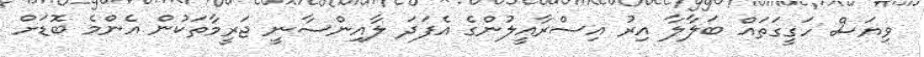
ވިޔަސް ހަގީގަތައް ބަލާލާ އިރު އިސްރާއީލުންގެ އެފަދަ ލާއިންސާނީ ޖަރީމާތަކުން އެންމެ ބޮޑަށް